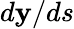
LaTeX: d\mathbf{y}/ds